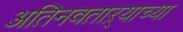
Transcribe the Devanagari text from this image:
अतिनवताऱ्याच्या